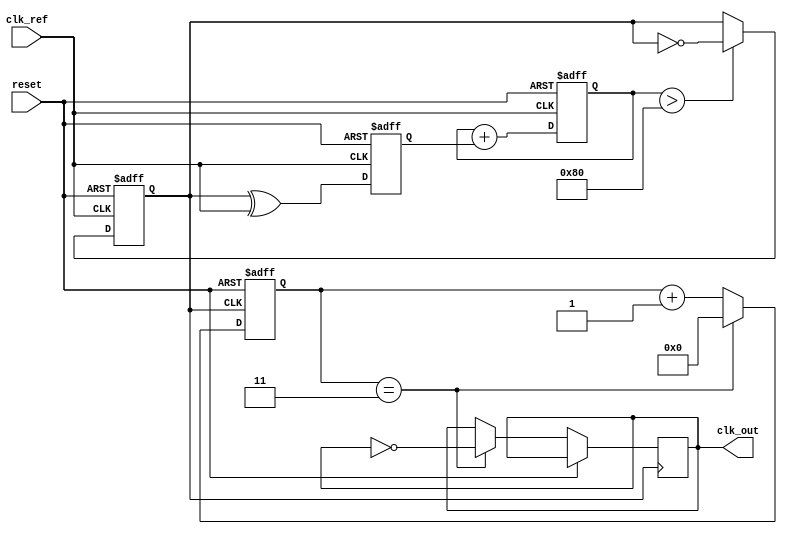
module MemoryBlocksPLL (
    input wire clk_ref,          // Reference clock input
    input wire reset,            // Reset signal
    output wire clk_out          // Output clock
);

// Parameters
parameter N = 4;                // Frequency division factor
parameter MEMORY_SIZE = 16;     // Size of memory blocks for phase information

// Internal signals
reg [MEMORY_SIZE-1:0] phase_memory; // Memory block for phase information
reg [N-1:0] counter;                // Frequency divider counter
reg vco_out;                        // VCO output signal
reg [7:0] control_voltage;          // Control voltage for VCO
reg phase_error;                    // Phase error signal

// Phase Detector (PD)
always @(posedge clk_ref or posedge reset) begin
    if (reset) begin
        phase_error <= 0;
    end else begin
        // Simple phase comparison logic
        phase_error <= (vco_out ^ clk_ref); // XOR for phase comparison
    end
end

// Loop Filter (LF)
always @(posedge clk_ref or posedge reset) begin
    if (reset) begin
        control_voltage <= 0;
    end else begin
        // Simple integral filter
        control_voltage <= control_voltage + phase_error;
    end
end

// Voltage-Controlled Oscillator (VCO)
always @(posedge clk_ref or posedge reset) begin
    if (reset) begin
        vco_out <= 0;
    end else begin
        // Simple VCO logic based on control voltage
        vco_out <= (control_voltage > 128) ? ~vco_out : vco_out; // Toggle based on control voltage
    end
end

// Frequency Divider
always @(posedge vco_out or posedge reset) begin
    if (reset) begin
        counter <= 0;
    end else begin
        counter <= counter + 1;
        if (counter == N-1) begin
            clk_out <= ~clk_out; // Toggle output clock
            counter <= 0;        // Reset counter
        end
    end
end

// Memory Block for Phase Information
always @(posedge clk_ref or posedge reset) begin
    if (reset) begin
        phase_memory <= 0;
    end else begin
        // Store phase error in memory
        phase_memory <= {phase_memory[MEMORY_SIZE-2:0], phase_error}; // Shift in new phase error
    end
end

endmodule